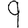
Digit: 9